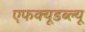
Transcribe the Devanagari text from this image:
एफक्यूडब्ल्यू